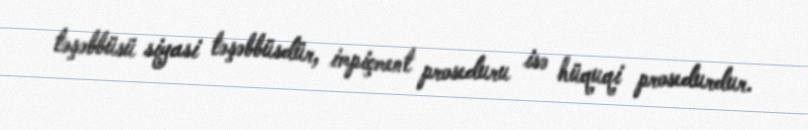
təşəbbüsü siyasi təşəbbüsdür, impiçment proseduru isə hüquqi prosedurdur.